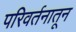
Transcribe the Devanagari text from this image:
परिवर्तनातून